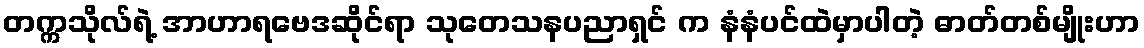
တက္ကသိုလ်ရဲ့ အာဟာရဗေဒဆိုင်ရာ သုတေသနပညာရှင် က နံနံပင်ထဲမှာပါတဲ့ ဓာတ်တစ်မျိုးဟာ